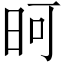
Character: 𪰏